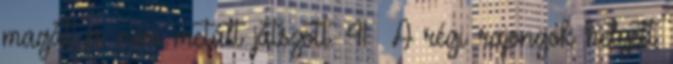
magát és nem metált játszott. 41 A régi rajongók helyett